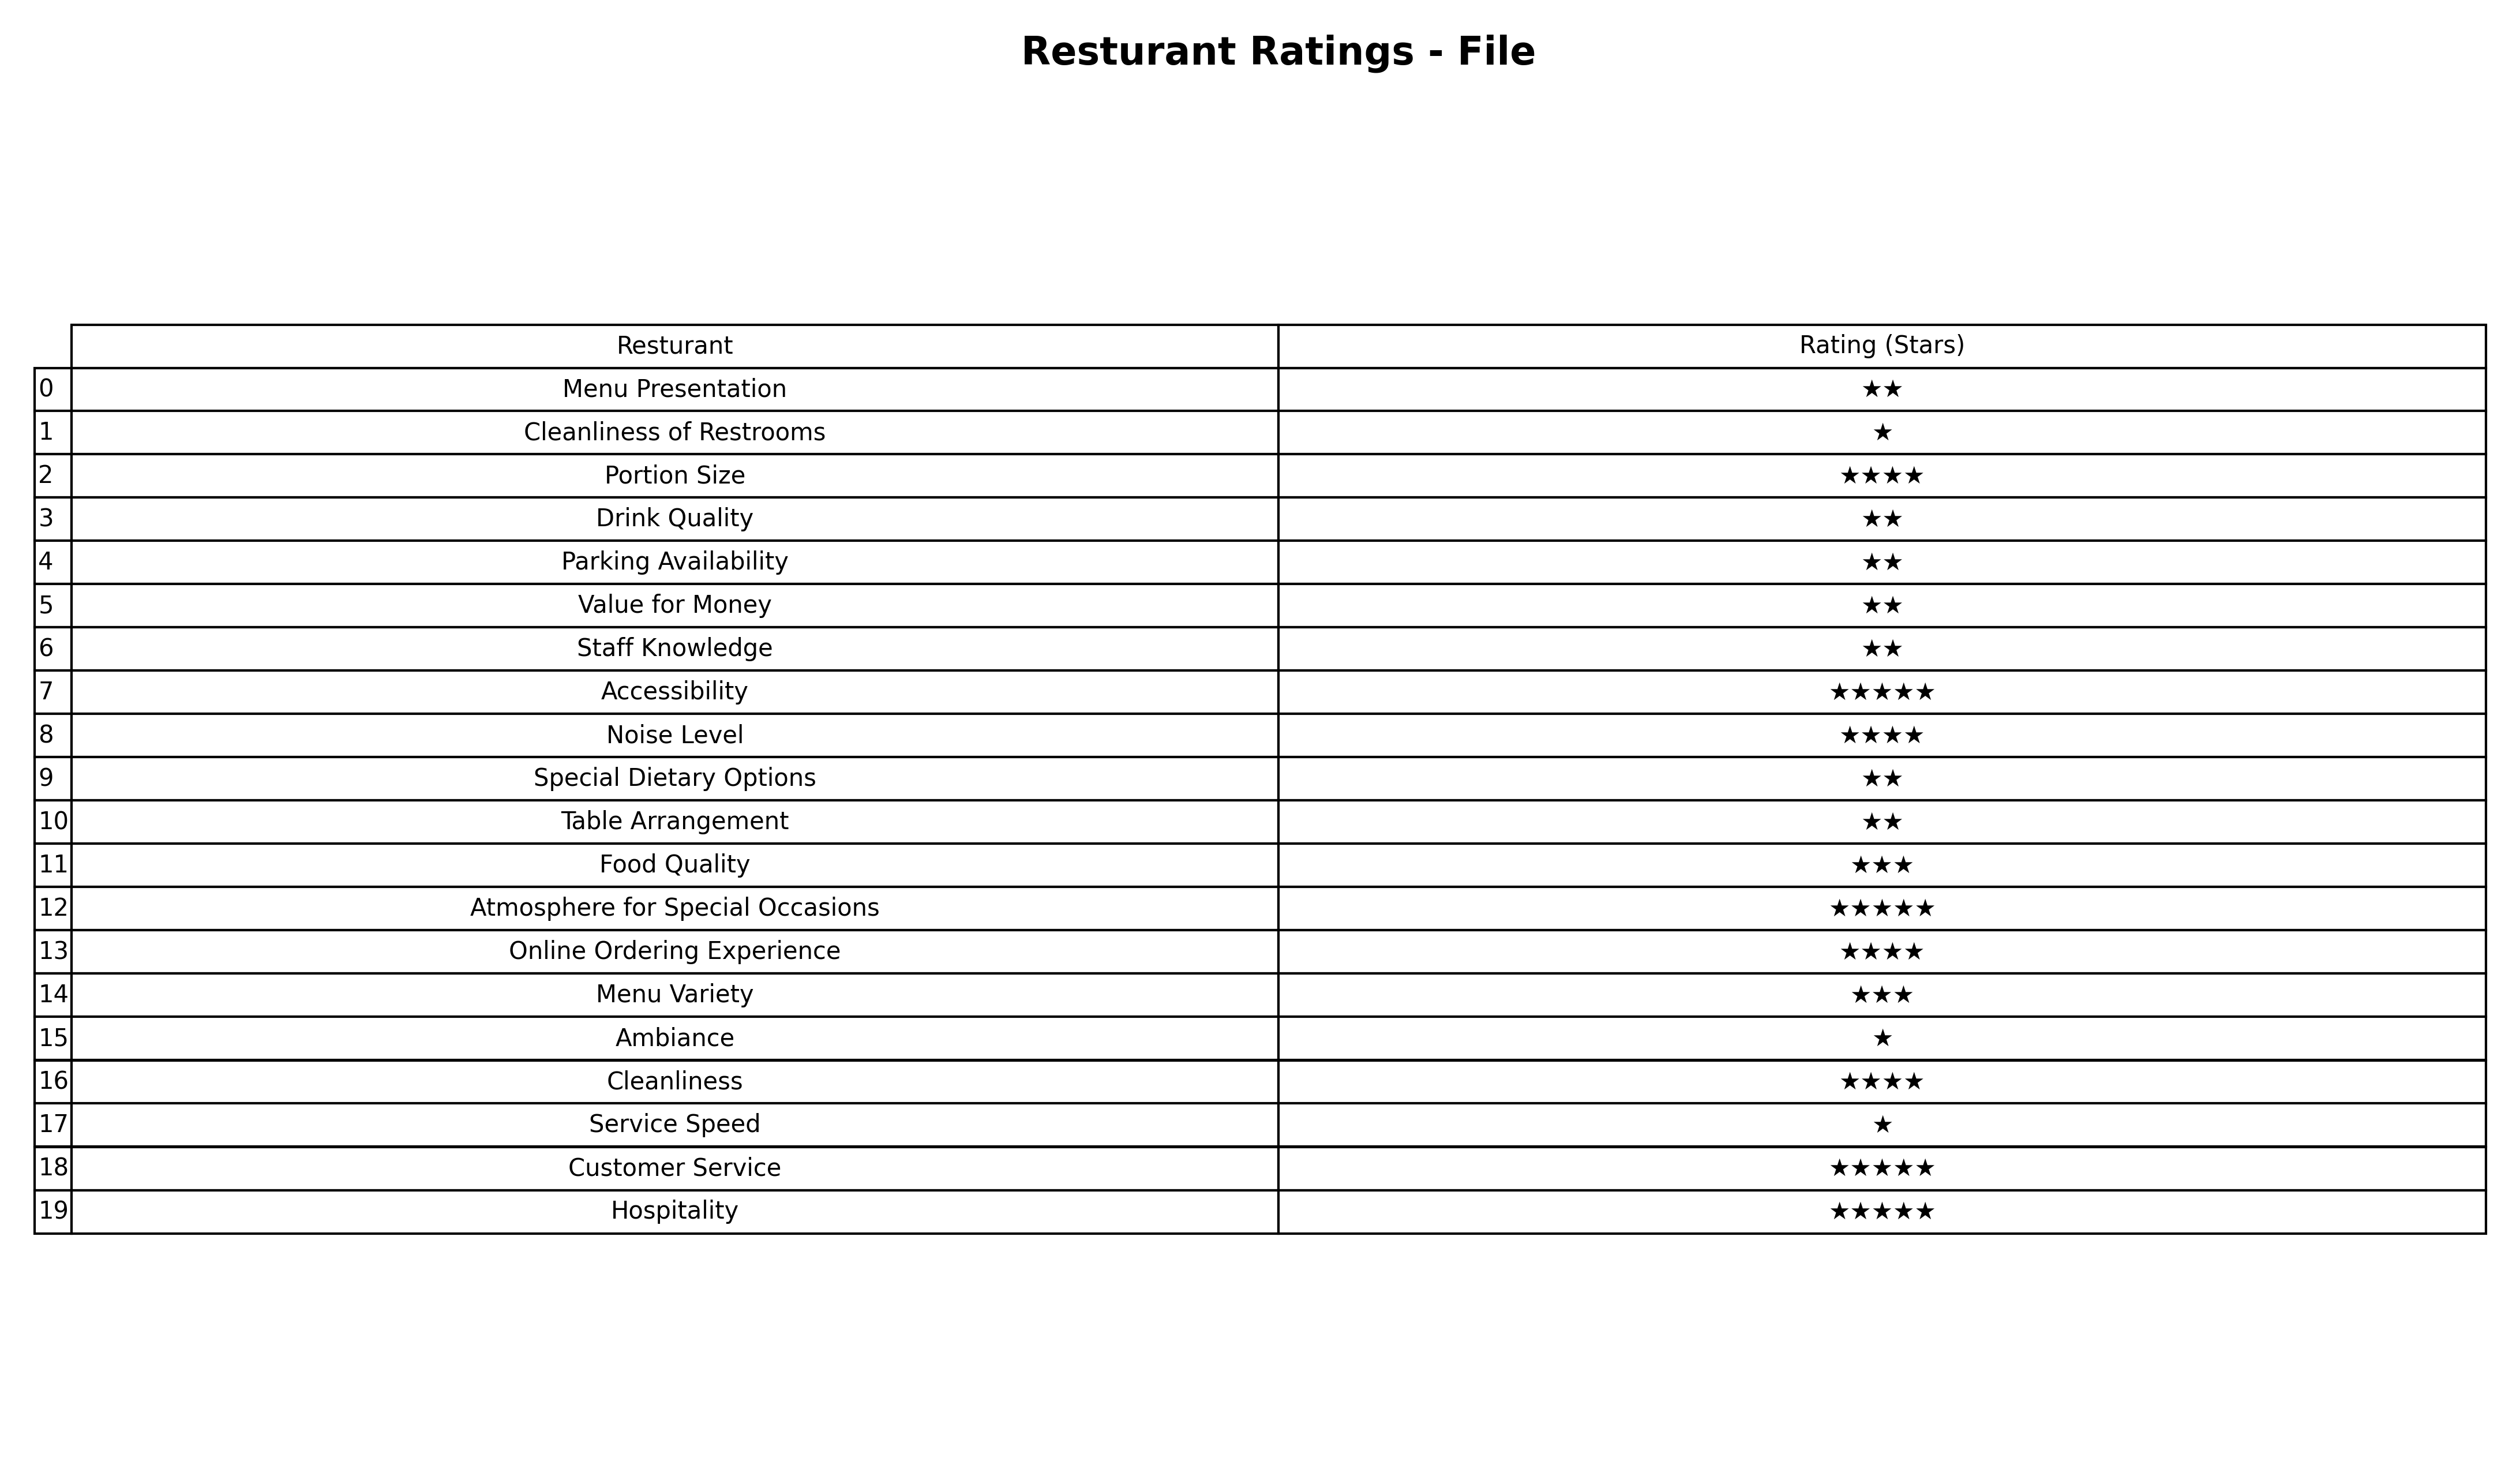
question: What is the rating of Noise Level?
answer: ★★★★